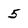
Character: 5